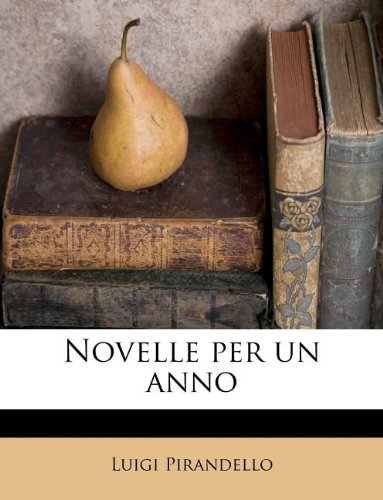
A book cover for Novelle per un anno (Italian Edition); Luigi Pirandello; Literature & Fiction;